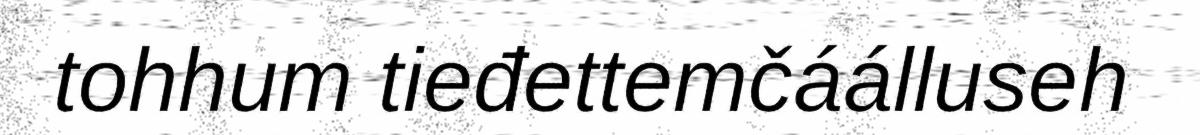
tohhum tieđettemčáálluseh